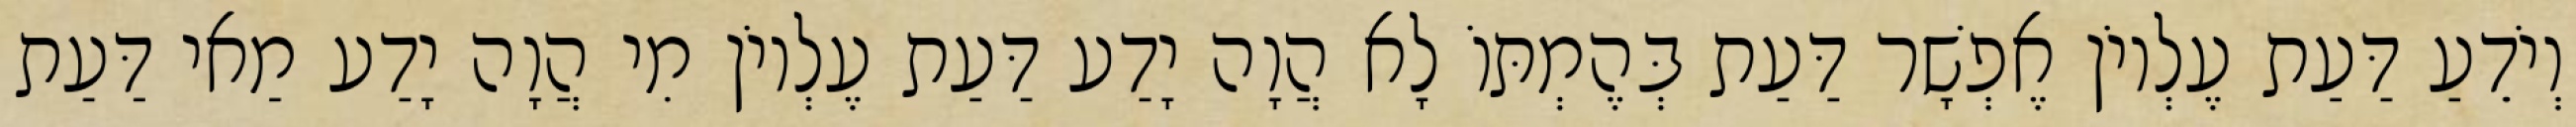
וְיֹדֵעַ דַּעַת עֶלְיוֹן אֶפְשָׁר דַּעַת בְּהֶמְתּוֹ לָא הֲוָה יָדַע דַּעַת עֶלְיוֹן מִי הֲוָה יָדַע מַאי דַּעַת